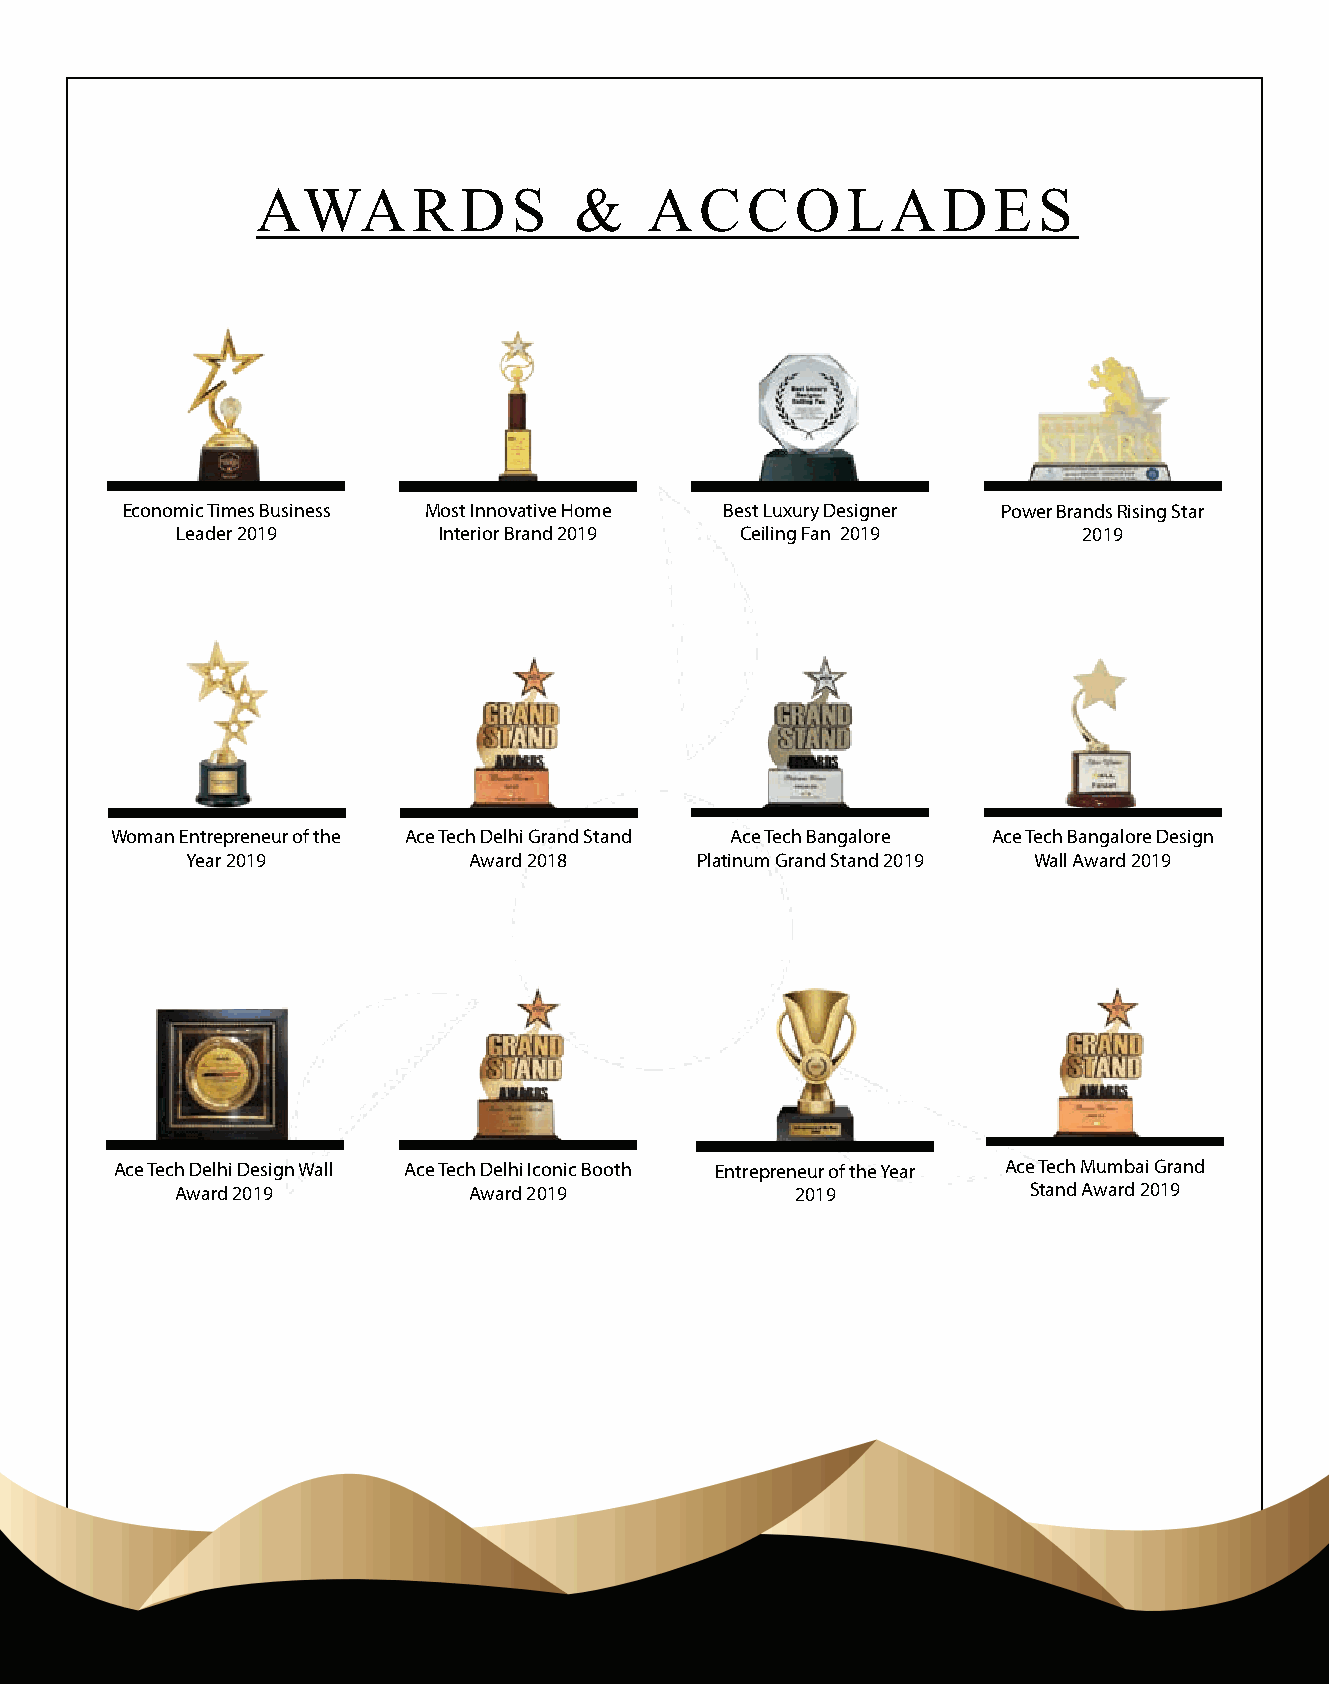
AWA       R  D   S   &    A  C  C   O  L  A  D   E  S
 Economic Times Business Most Innovative Home Best Luxury Designer Power Brands Rising Star
 Leader 2019      Interior Brand 2019 Ceiling Fan 2019       2019
 Woman Entrepreneur of the Ace Tech Delhi Grand Stand Ace Tech Bangalore Ace Tech Bangalore Design
 Year 2019          Award 2018     Platinum Grand Stand 2019 Wall Award 2019
 Ace Tech Delhi Design Wall Ace Tech Delhi Iconic Booth Entrepreneur of the Year Ace Tech Mumbai Grand
 Award 2019         Award 2019            2019           Stand Award 2019